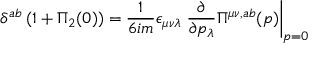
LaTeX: \delta ^ { a b } \, ( 1 + \Pi _ { 2 } ( 0 ) ) = { \frac { 1 } { 6 i m } } \epsilon _ { \mu \nu \lambda } \left. { \frac { \partial } { \partial p _ { \lambda } } } \Pi ^ { \mu \nu , a b } ( p ) \right| _ { p = 0 }